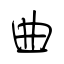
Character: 曲